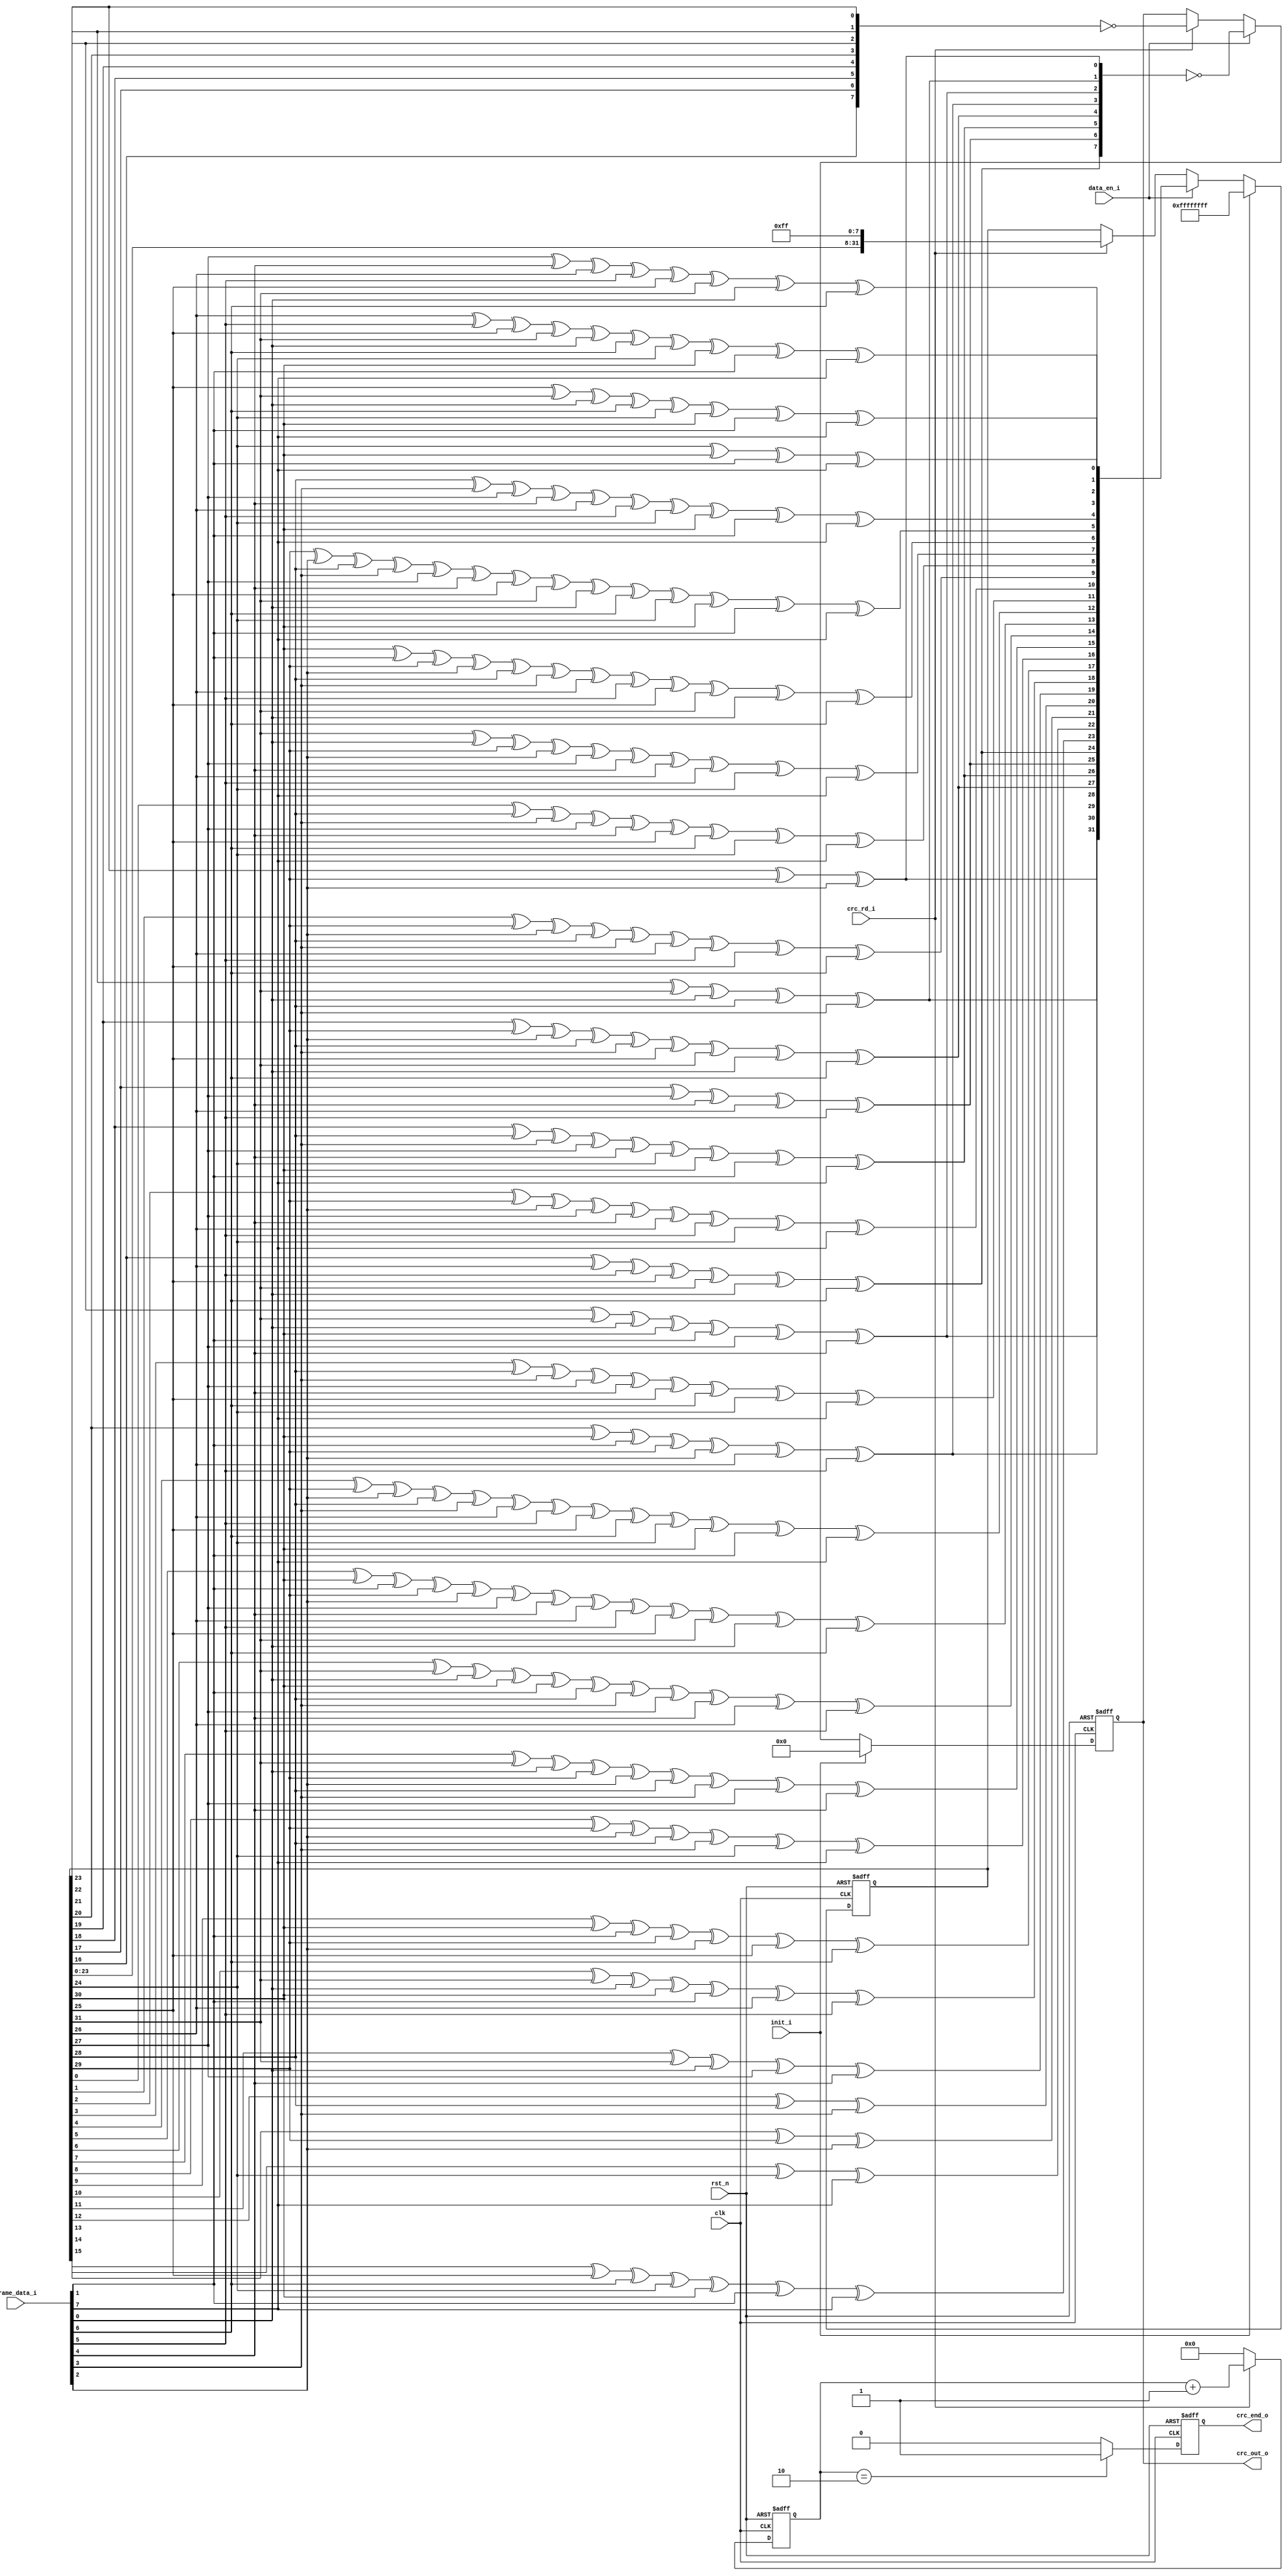
// This program was cloned from: https://github.com/lvzhengde/tsn-soc
// License: BSD 3-Clause "New" or "Revised" License

/*+
 * Copyright (c) 2022-2023 Zhengde
 *
 *
 * All rights reserved.
 * 
 * Redistribution and use in source and binary forms, with or without
 * modification, are permitted provided that the following conditions are met:
 * 
 * 1 Redistributions of source code must retain the above copyright notice, this
 *   list of conditions and the following disclaimer.
 * 
 * 2 Redistributions in binary form must reproduce the above copyright notice,
 *   this list of conditions and the following disclaimer in the documentation
 *   and/or other materials provided with the distribution.
 * 
 * 3 Neither the name of the copyright holder nor the names of its
 *   contributors may be used to endorse or promote products derived from
 *   this software without specific prior written permission.
 * 
 * THIS SOFTWARE IS PROVIDED BY THE COPYRIGHT HOLDERS AND CONTRIBUTORS "AS IS"
 * AND ANY EXPRESS OR IMPLIED WARRANTIES, INCLUDING, BUT NOT LIMITED TO, THE
 * IMPLIED WARRANTIES OF MERCHANTABILITY AND FITNESS FOR A PARTICULAR PURPOSE ARE
 * DISCLAIMED. IN NO EVENT SHALL THE COPYRIGHT HOLDER OR CONTRIBUTORS BE LIABLE
 * FOR ANY DIRECT, INDIRECT, INCIDENTAL, SPECIAL, EXEMPLARY, OR CONSEQUENTIAL
 * DAMAGES (INCLUDING, BUT NOT LIMITED TO, PROCUREMENT OF SUBSTITUTE GOODS OR
 * SERVICES; LOSS OF USE, DATA, OR PROFITS; OR BUSINESS INTERRUPTION) HOWEVER
 * CAUSED AND ON ANY THEORY OF LIABILITY, WHETHER IN CONTRACT, STRICT LIABILITY,
 * OR TORT (INCLUDING NEGLIGENCE OR OTHERWISE) ARISING IN ANY WAY OUT OF THE USE
 * OF THIS SOFTWARE, EVEN IF ADVISED OF THE POSSIBILITY OF SUCH DAMAGE.
-*/

/*+
 *  Generate CRC for ethernet frame transmitting 
-*/

module emac_crc_gen (
    input              rst_n         ,
    input              clk           ,
    input              init_i        ,
    input  [7:0]       frame_data_i  ,
    input              data_en_i     ,
    input              crc_rd_i      ,
    output reg [7:0]   crc_out_o     ,
    output reg         crc_end_o     
);
    //++
    //internal signals                                                              
    //--
    reg [31:0]      crc_reg;
    reg [3:0]       counter;

    //++
    //function to calculate CRC
    //input data width is 8bit, and the first bit is bit[0]
    //--

    function [31:0]  NextCRC;
        input [7:0]      D;
        input [31:0]     C;
        reg   [31:0]     NewCRC;
    begin
        NewCRC[0]=C[24]^C[30]^D[1]^D[7];
        NewCRC[1]=C[25]^C[31]^D[0]^D[6]^C[24]^C[30]^D[1]^D[7];
        NewCRC[2]=C[26]^D[5]^C[25]^C[31]^D[0]^D[6]^C[24]^C[30]^D[1]^D[7];
        NewCRC[3]=C[27]^D[4]^C[26]^D[5]^C[25]^C[31]^D[0]^D[6];
        NewCRC[4]=C[28]^D[3]^C[27]^D[4]^C[26]^D[5]^C[24]^C[30]^D[1]^D[7];
        NewCRC[5]=C[29]^D[2]^C[28]^D[3]^C[27]^D[4]^C[25]^C[31]^D[0]^D[6]^C[24]^C[30]^D[1]^D[7];
        NewCRC[6]=C[30]^D[1]^C[29]^D[2]^C[28]^D[3]^C[26]^D[5]^C[25]^C[31]^D[0]^D[6];
        NewCRC[7]=C[31]^D[0]^C[29]^D[2]^C[27]^D[4]^C[26]^D[5]^C[24]^D[7];
        NewCRC[8]=C[0]^C[28]^D[3]^C[27]^D[4]^C[25]^D[6]^C[24]^D[7];
        NewCRC[9]=C[1]^C[29]^D[2]^C[28]^D[3]^C[26]^D[5]^C[25]^D[6];
        NewCRC[10]=C[2]^C[29]^D[2]^C[27]^D[4]^C[26]^D[5]^C[24]^D[7];
        NewCRC[11]=C[3]^C[28]^D[3]^C[27]^D[4]^C[25]^D[6]^C[24]^D[7];
        NewCRC[12]=C[4]^C[29]^D[2]^C[28]^D[3]^C[26]^D[5]^C[25]^D[6]^C[24]^C[30]^D[1]^D[7];
        NewCRC[13]=C[5]^C[30]^D[1]^C[29]^D[2]^C[27]^D[4]^C[26]^D[5]^C[25]^C[31]^D[0]^D[6];
        NewCRC[14]=C[6]^C[31]^D[0]^C[30]^D[1]^C[28]^D[3]^C[27]^D[4]^C[26]^D[5];
        NewCRC[15]=C[7]^C[31]^D[0]^C[29]^D[2]^C[28]^D[3]^C[27]^D[4];
        NewCRC[16]=C[8]^C[29]^D[2]^C[28]^D[3]^C[24]^D[7];
        NewCRC[17]=C[9]^C[30]^D[1]^C[29]^D[2]^C[25]^D[6];
        NewCRC[18]=C[10]^C[31]^D[0]^C[30]^D[1]^C[26]^D[5];
        NewCRC[19]=C[11]^C[31]^D[0]^C[27]^D[4];
        NewCRC[20]=C[12]^C[28]^D[3];
        NewCRC[21]=C[13]^C[29]^D[2];
        NewCRC[22]=C[14]^C[24]^D[7];
        NewCRC[23]=C[15]^C[25]^D[6]^C[24]^C[30]^D[1]^D[7];
        NewCRC[24]=C[16]^C[26]^D[5]^C[25]^C[31]^D[0]^D[6];
        NewCRC[25]=C[17]^C[27]^D[4]^C[26]^D[5];
        NewCRC[26]=C[18]^C[28]^D[3]^C[27]^D[4]^C[24]^C[30]^D[1]^D[7];
        NewCRC[27]=C[19]^C[29]^D[2]^C[28]^D[3]^C[25]^C[31]^D[0]^D[6];
        NewCRC[28]=C[20]^C[30]^D[1]^C[29]^D[2]^C[26]^D[5];
        NewCRC[29]=C[21]^C[31]^D[0]^C[30]^D[1]^C[27]^D[4];
        NewCRC[30]=C[22]^C[31]^D[0]^C[28]^D[3];
        NewCRC[31]=C[23]^C[29]^D[2];
        NextCRC=NewCRC;
    end
    endfunction

    wire [31:0] next_crc = NextCRC(frame_data_i,crc_reg);

    always @(posedge clk or negedge rst_n) begin
        if(!rst_n) begin
            crc_reg   <= 32'hffffffff;
            crc_out_o <= 0;
        end
        else if(init_i) begin
            crc_reg   <= 32'hffffffff;
            crc_out_o <= 0;
        end
        else if(data_en_i) begin
            crc_reg   <= next_crc;
            crc_out_o <= ~{next_crc[24], next_crc[25], next_crc[26], next_crc[27],
                           next_crc[28], next_crc[29], next_crc[30], next_crc[31]};
        end
        else if(crc_rd_i) begin
            crc_reg   <= {crc_reg[23:0],8'hff};
            crc_out_o <= ~{crc_reg[16], crc_reg[17], crc_reg[18], crc_reg[19],
                           crc_reg[20], crc_reg[21], crc_reg[22], crc_reg[23]};

        end
    end
        
    //always @(*) begin
    //    if(crc_rd_i)
    //        crc_out_o = ~{crc_reg[24], crc_reg[25], crc_reg[26], crc_reg[27],
    //                     crc_reg[28], crc_reg[29], crc_reg[30], crc_reg[31]};
    //    else
    //        crc_out_o = 0;
    //end
            
    //caculate CRC out length ,4 cycles     
    //crc_end_o aligned to last CRC checksum data
    always @(posedge clk or negedge rst_n) begin
        if(!rst_n)
            counter <= 0;
        else if(!crc_rd_i)
            counter <= 0;
        else 
            counter <= counter + 1;
    end
            
    always @(posedge clk or negedge rst_n) begin
        if(!rst_n)
            crc_end_o <= 0;
        else if(counter == 2)
            crc_end_o <= 1;
        else 
            crc_end_o <= 0;
    end

    //always @(*) begin
    //    if(counter == 3)
    //        crc_end_o = 1;
    //    else
    //        crc_end_o = 0;
    //end

endmodule